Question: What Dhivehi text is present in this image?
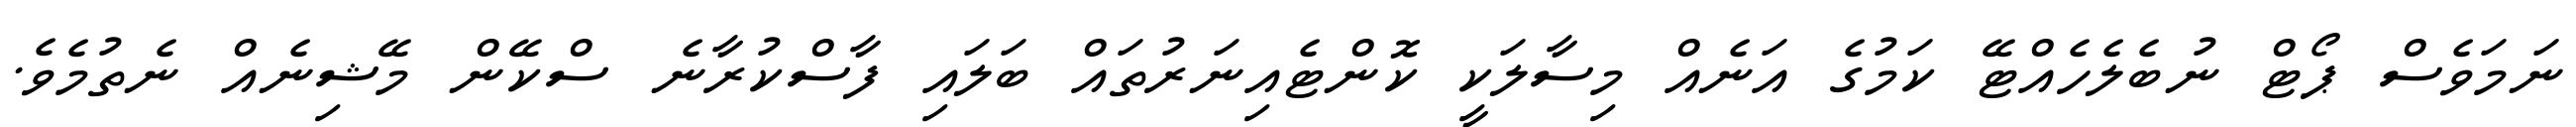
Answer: ނަމަވެސް ޕޯޓް ނުބެލެހެއްޓޭ ކަމުގެ އަނެއް މިސާލަކީ ކޮންޓެއިނަރުތައް ބަލައި ފާސްކުރާނެ ސްކޭން މޭޝިނެއް ނެތުމެވެ.